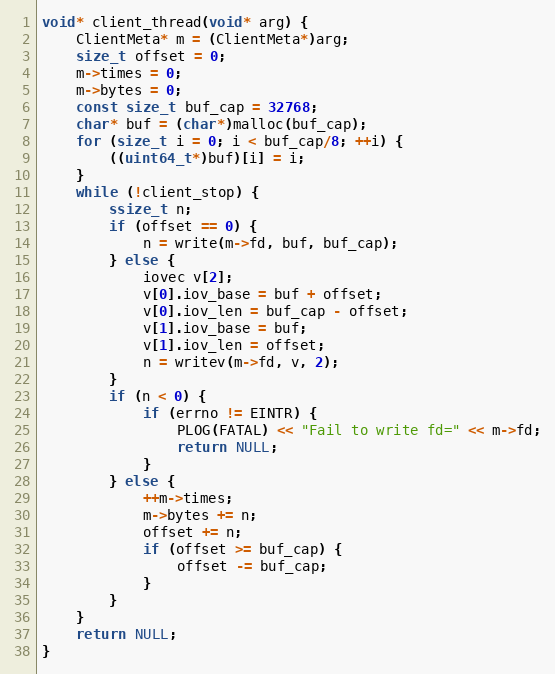
Language: C++
void* client_thread(void* arg) {
    ClientMeta* m = (ClientMeta*)arg;
    size_t offset = 0;
    m->times = 0;
    m->bytes = 0;
    const size_t buf_cap = 32768;
    char* buf = (char*)malloc(buf_cap);
    for (size_t i = 0; i < buf_cap/8; ++i) {
        ((uint64_t*)buf)[i] = i;
    }
    while (!client_stop) {
        ssize_t n;
        if (offset == 0) {
            n = write(m->fd, buf, buf_cap);
        } else {
            iovec v[2];
            v[0].iov_base = buf + offset;
            v[0].iov_len = buf_cap - offset;
            v[1].iov_base = buf;
            v[1].iov_len = offset;
            n = writev(m->fd, v, 2);
        }
        if (n < 0) {
            if (errno != EINTR) {
                PLOG(FATAL) << "Fail to write fd=" << m->fd;
                return NULL;
            }
        } else {
            ++m->times;
            m->bytes += n;
            offset += n;
            if (offset >= buf_cap) {
                offset -= buf_cap;
            }
        }
    }
    return NULL;
}